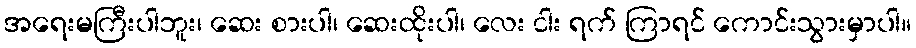
အရေးမကြီးပါဘူး၊ ဆေး စားပါ၊ ဆေးထိုးပါ၊ လေး ငါး ရက် ကြာရင် ကောင်းသွားမှာပါ။